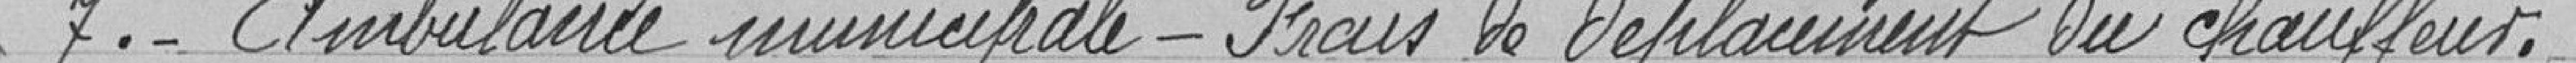
7.- Ambulance municipale - Frais de déplacement du chauffeur.